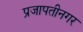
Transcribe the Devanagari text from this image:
प्रजापतीनगर